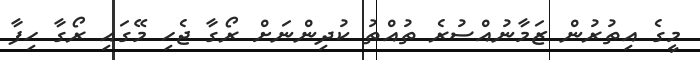
މީގެ އިތުރުން ޒަމާނުއްސުރެ ތުއްތު ކުދިންނަށް ރޯގާ ޖެހި މޭގައި ރޯގާ ހިފާ